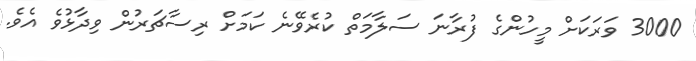
3000 ވަރަކަށް މީހުންގެ ފުރާނަ ސަލާމަތް ކުރެވޭނެ ކަމަށް ރިސާޗަރުން ވިދާޅުވެ އެވެ.